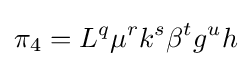
\pi _{4}=L^{q}\mu ^{r}k^{s}\beta ^{t}g^{u}h